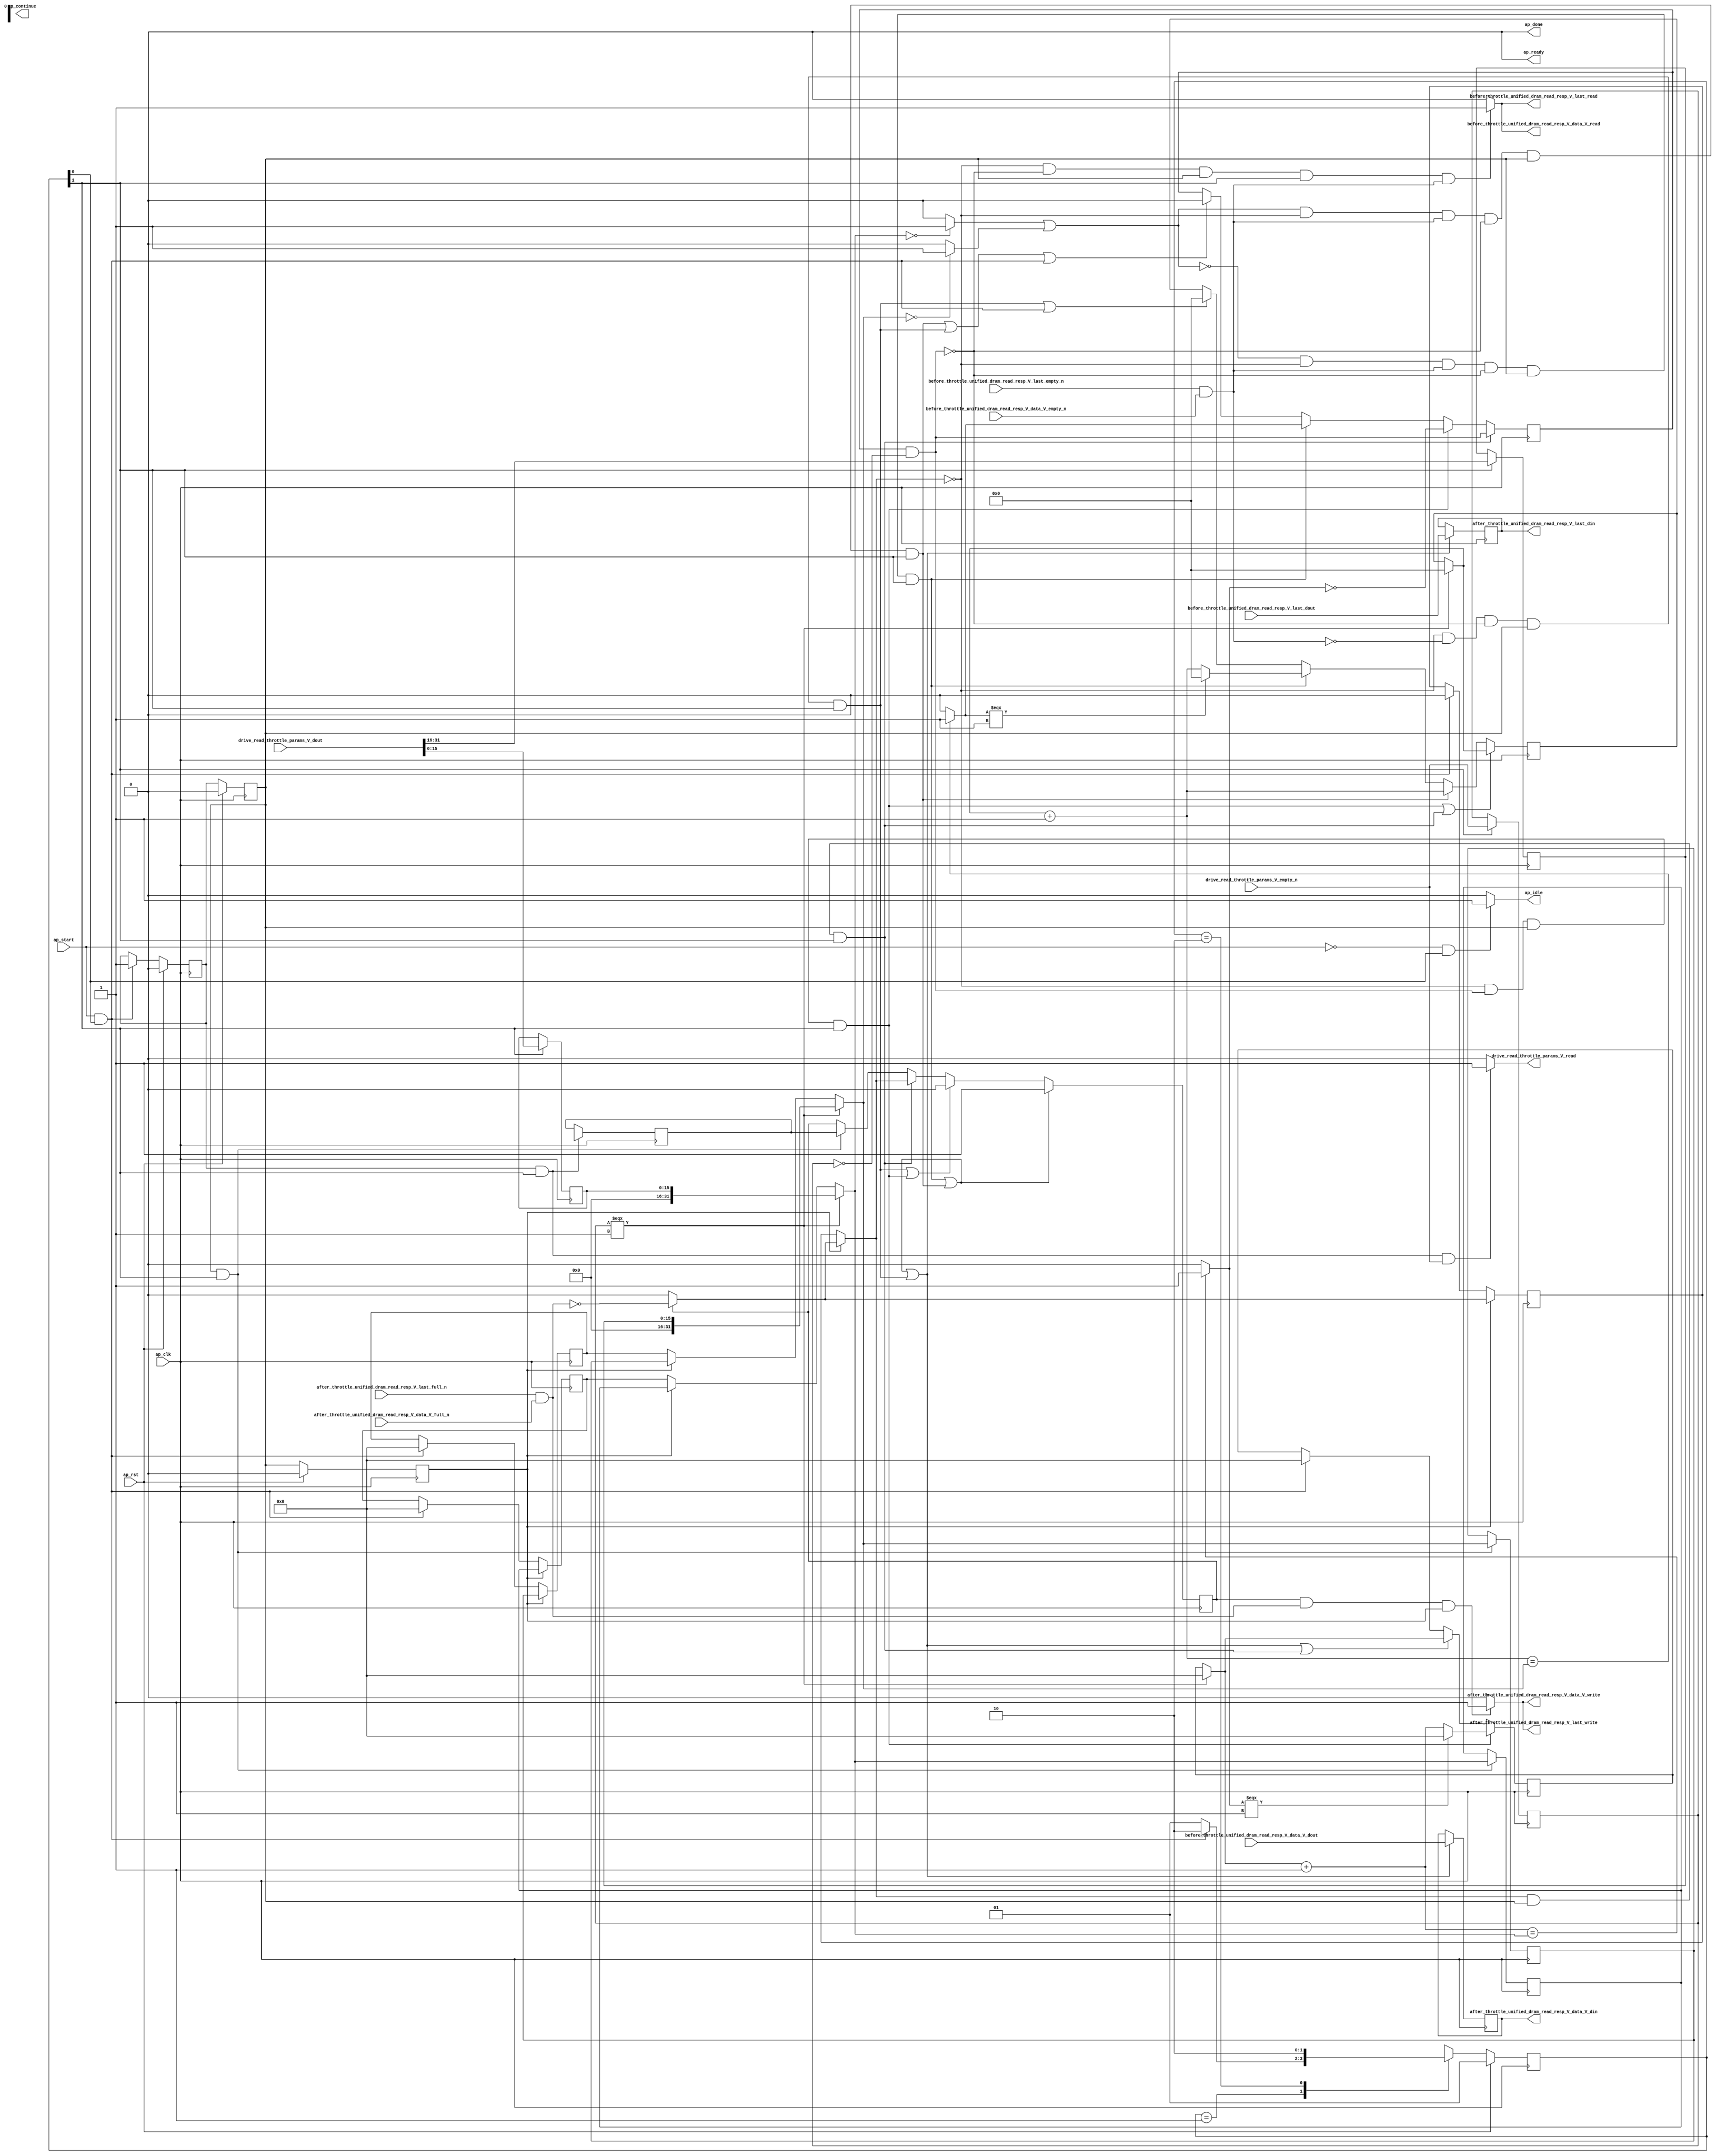
// ==============================================================
// RTL generated by Vivado(TM) HLS - High-Level Synthesis from C, C++ and SystemC
// Version: 2017.4.op
// Copyright (C) 1986-2018 Xilinx, Inc. All Rights Reserved.
// 
// ===========================================================

`timescale 1 ns / 1 ps 

(* CORE_GENERATION_INFO="dram_read_throttle_unit,hls_ip_2017_4_op,{HLS_INPUT_TYPE=cxx,HLS_INPUT_FLOAT=0,HLS_INPUT_FIXED=0,HLS_INPUT_PART=xcvu9p-flgb2104-2-i,HLS_INPUT_CLOCK=4.000000,HLS_INPUT_ARCH=others,HLS_SYN_CLOCK=3.196250,HLS_SYN_LAT=-1,HLS_SYN_TPT=none,HLS_SYN_MEM=0,HLS_SYN_DSP=0,HLS_SYN_FF=740,HLS_SYN_LUT=581}" *)

module dram_read_throttle_unit (
        ap_clk,
        ap_rst,
        ap_start,
        ap_done,
ap_continue,
        ap_idle,
        ap_ready,
        drive_read_throttle_params_V_dout,
        drive_read_throttle_params_V_empty_n,
        drive_read_throttle_params_V_read,
        before_throttle_unified_dram_read_resp_V_last_dout,
        before_throttle_unified_dram_read_resp_V_last_empty_n,
        before_throttle_unified_dram_read_resp_V_last_read,
        before_throttle_unified_dram_read_resp_V_data_V_dout,
        before_throttle_unified_dram_read_resp_V_data_V_empty_n,
        before_throttle_unified_dram_read_resp_V_data_V_read,
        after_throttle_unified_dram_read_resp_V_last_din,
        after_throttle_unified_dram_read_resp_V_last_full_n,
        after_throttle_unified_dram_read_resp_V_last_write,
        after_throttle_unified_dram_read_resp_V_data_V_din,
        after_throttle_unified_dram_read_resp_V_data_V_full_n,
        after_throttle_unified_dram_read_resp_V_data_V_write
);

parameter    ap_ST_fsm_state1 = 2'd1;
parameter    ap_ST_fsm_pp0_stage0 = 2'd2;

input   ap_clk;
input   ap_rst;
input   ap_start;
output   ap_done;
output   ap_idle;
output ap_ready; output ap_continue;
input  [31:0] drive_read_throttle_params_V_dout;
input   drive_read_throttle_params_V_empty_n;
output   drive_read_throttle_params_V_read;
input   before_throttle_unified_dram_read_resp_V_last_dout;
input   before_throttle_unified_dram_read_resp_V_last_empty_n;
output   before_throttle_unified_dram_read_resp_V_last_read;
input  [511:0] before_throttle_unified_dram_read_resp_V_data_V_dout;
input   before_throttle_unified_dram_read_resp_V_data_V_empty_n;
output   before_throttle_unified_dram_read_resp_V_data_V_read;
output   after_throttle_unified_dram_read_resp_V_last_din;
input   after_throttle_unified_dram_read_resp_V_last_full_n;
output   after_throttle_unified_dram_read_resp_V_last_write;
output  [511:0] after_throttle_unified_dram_read_resp_V_data_V_din;
input   after_throttle_unified_dram_read_resp_V_data_V_full_n;
output   after_throttle_unified_dram_read_resp_V_data_V_write;

reg ap_idle;
reg drive_read_throttle_params_V_read;

(* fsm_encoding = "none" *) reg   [1:0] ap_CS_fsm;
wire    ap_CS_fsm_state1;
reg   [31:0] throttle_threshold_reg_162;
reg   [31:0] throttle_cnt_reg_173;
reg   [0:0] valid_read_resp_reg_184;
reg   [0:0] empty_n_reg_504;
wire    ap_CS_fsm_pp0_stage0;
wire    ap_block_state2_pp0_stage0_iter0;
wire    ap_block_state3_pp0_stage0_iter1;
wire    ap_block_state4_pp0_stage0_iter2;
wire    ap_block_pp0_stage0_11001;
wire   [15:0] throttle_cnt_2_fu_269_p1;
reg   [15:0] throttle_cnt_2_reg_513;
reg   [15:0] throttle_threshold_1_reg_518;
wire   [31:0] throttle_threshold_3_fu_306_p3;
reg   [31:0] throttle_threshold_3_reg_523;
reg    ap_enable_reg_pp0_iter1;
wire   [31:0] throttle_cnt_1_fu_313_p3;
reg   [31:0] throttle_cnt_1_reg_528;
wire   [0:0] read_resp_stall_1_fu_325_p2;
wire   [0:0] empty_n_2_fu_339_p1;
reg   [0:0] ap_phi_mux_valid_read_resp_phi_fu_188_p4;
wire   [0:0] or_cond_fu_371_p2;
reg    ap_enable_reg_pp0_iter0;
wire    ap_block_pp0_stage0_subdone;
reg    ap_enable_reg_pp0_iter2;
reg   [31:0] ap_phi_mux_throttle_threshold_phi_fu_166_p4;
wire    ap_block_pp0_stage0;
reg   [31:0] ap_phi_mux_throttle_cnt_phi_fu_177_p4;
reg   [0:0] ap_phi_mux_valid_read_resp_5_phi_fu_222_p4;
wire   [0:0] ap_phi_mux_valid_read_resp_3_phi_fu_201_p10;
wire   [0:0] ap_phi_reg_pp0_iter0_valid_read_resp_3_reg_196;
reg   [0:0] ap_phi_reg_pp0_iter1_valid_read_resp_3_reg_196;
reg   [0:0] ap_phi_reg_pp0_iter2_valid_read_resp_3_reg_196;
wire   [0:0] not_full_n_i_fu_459_p2;
wire   [0:0] ap_phi_reg_pp0_iter2_valid_read_resp_5_reg_218;
reg    before_throttle_unified_dram_read_resp_V_last0_update;
wire   [0:0] empty_n_1_nbread_fu_144_p3_0;
reg    after_throttle_unified_dram_read_resp_V_last1_update;
wire   [0:0] full_n_nbwrite_fu_152_p5;
wire    ap_block_pp0_stage0_01001;
reg   [31:0] read_resp_stall_times_fu_118;
wire   [31:0] read_resp_stall_times_1_fu_331_p3;
wire   [31:0] p_s_fu_428_p3;
reg   [0:0] read_resp_stall_fu_122;
wire   [0:0] tmp_s_fu_381_p2;
wire   [0:0] not_s_fu_422_p2;
reg   [24:0] read_resp_contiguous_times_V_1_fu_126;
wire   [24:0] p_1_fu_387_p3;
wire   [24:0] read_resp_contiguous_times_V_fu_353_p2;
wire   [24:0] p_0_1_fu_298_p3;
reg   [0:0] tmp_last_fu_130;
reg   [511:0] tmp_data_V_fu_134;
wire   [31:0] throttle_threshold_2_fu_292_p1;
wire   [31:0] throttle_cnt_2_cast_fu_295_p1;
wire   [0:0] not_empty_n_fu_320_p2;
wire   [0:0] tmp_7_fu_359_p2;
wire   [0:0] tmp_8_fu_365_p2;
wire   [31:0] tmp_9_fu_377_p1;
wire   [31:0] read_resp_stall_times_2_fu_410_p2;
wire   [0:0] tmp_4_fu_416_p2;
reg   [1:0] ap_NS_fsm;
reg    ap_idle_pp0;
wire    ap_enable_pp0;

// power-on initialization
initial begin
#0 ap_CS_fsm = 2'd1;
#0 ap_enable_reg_pp0_iter1 = 1'b0;
#0 ap_enable_reg_pp0_iter0 = 1'b0;
#0 ap_enable_reg_pp0_iter2 = 1'b0;
end

always @ (posedge ap_clk) begin
    if (ap_rst == 1'b1) begin
        ap_CS_fsm <= ap_ST_fsm_state1;
    end else begin
        ap_CS_fsm <= ap_NS_fsm;
    end
end

always @ (posedge ap_clk) begin
    if (ap_rst == 1'b1) begin
        ap_enable_reg_pp0_iter0 <= 1'b0;
    end else begin
        if (((ap_start == 1'b1) & (1'b1 == ap_CS_fsm_state1))) begin
            ap_enable_reg_pp0_iter0 <= 1'b1;
        end
    end
end

always @ (posedge ap_clk) begin
    if (ap_rst == 1'b1) begin
        ap_enable_reg_pp0_iter1 <= 1'b0;
    end else begin
        if ((1'b0 == ap_block_pp0_stage0_subdone)) begin
            ap_enable_reg_pp0_iter1 <= ap_enable_reg_pp0_iter0;
        end else if (((ap_start == 1'b1) & (1'b1 == ap_CS_fsm_state1))) begin
            ap_enable_reg_pp0_iter1 <= 1'b0;
        end
    end
end

always @ (posedge ap_clk) begin
    if (ap_rst == 1'b1) begin
        ap_enable_reg_pp0_iter2 <= 1'b0;
    end else begin
        if ((1'b0 == ap_block_pp0_stage0_subdone)) begin
            ap_enable_reg_pp0_iter2 <= ap_enable_reg_pp0_iter1;
        end else if (((ap_start == 1'b1) & (1'b1 == ap_CS_fsm_state1))) begin
            ap_enable_reg_pp0_iter2 <= 1'b0;
        end
    end
end

always @ (posedge ap_clk) begin
    if ((((or_cond_fu_371_p2 == 1'd0) & (ap_phi_mux_valid_read_resp_phi_fu_188_p4 == 1'd0) & (empty_n_2_fu_339_p1 == 1'd1) & (read_resp_stall_1_fu_325_p2 == 1'd0) & (1'b0 == ap_block_pp0_stage0_11001) & (ap_enable_reg_pp0_iter1 == 1'b1) & (1'b1 == ap_CS_fsm_pp0_stage0)) | ((or_cond_fu_371_p2 == 1'd1) & (ap_phi_mux_valid_read_resp_phi_fu_188_p4 == 1'd0) & (empty_n_2_fu_339_p1 == 1'd1) & (read_resp_stall_1_fu_325_p2 == 1'd0) & (1'b0 == ap_block_pp0_stage0_11001) & (ap_enable_reg_pp0_iter1 == 1'b1) & (1'b1 == ap_CS_fsm_pp0_stage0)))) begin
        ap_phi_reg_pp0_iter2_valid_read_resp_3_reg_196 <= 1'd1;
    end else if ((((ap_phi_mux_valid_read_resp_phi_fu_188_p4 == 1'd0) & (empty_n_2_fu_339_p1 == 1'd0) & (read_resp_stall_1_fu_325_p2 == 1'd0) & (1'b0 == ap_block_pp0_stage0_11001) & (ap_enable_reg_pp0_iter1 == 1'b1) & (1'b1 == ap_CS_fsm_pp0_stage0)) | ((ap_phi_mux_valid_read_resp_phi_fu_188_p4 == 1'd0) & (read_resp_stall_1_fu_325_p2 == 1'd1) & (1'b0 == ap_block_pp0_stage0_11001) & (ap_enable_reg_pp0_iter1 == 1'b1) & (1'b1 == ap_CS_fsm_pp0_stage0)))) begin
        ap_phi_reg_pp0_iter2_valid_read_resp_3_reg_196 <= 1'd0;
    end else if (((ap_phi_mux_valid_read_resp_phi_fu_188_p4 == 1'd1) & (1'b0 == ap_block_pp0_stage0_11001) & (ap_enable_reg_pp0_iter1 == 1'b1) & (1'b1 == ap_CS_fsm_pp0_stage0))) begin
        ap_phi_reg_pp0_iter2_valid_read_resp_3_reg_196 <= ap_phi_mux_valid_read_resp_phi_fu_188_p4;
    end else if (((1'b0 == ap_block_pp0_stage0_11001) & (ap_enable_reg_pp0_iter1 == 1'b1) & (1'b1 == ap_CS_fsm_pp0_stage0))) begin
        ap_phi_reg_pp0_iter2_valid_read_resp_3_reg_196 <= ap_phi_reg_pp0_iter1_valid_read_resp_3_reg_196;
    end
end

always @ (posedge ap_clk) begin
    if ((((ap_phi_mux_valid_read_resp_phi_fu_188_p4 == 1'd0) & (read_resp_stall_1_fu_325_p2 == 1'd1) & (1'b0 == ap_block_pp0_stage0_11001) & (ap_enable_reg_pp0_iter1 == 1'b1) & (1'b1 == ap_CS_fsm_pp0_stage0)) | ((ap_phi_mux_valid_read_resp_phi_fu_188_p4 == 1'd1) & (1'b0 == ap_block_pp0_stage0_11001) & (ap_enable_reg_pp0_iter1 == 1'b1) & (1'b1 == ap_CS_fsm_pp0_stage0)))) begin
        read_resp_contiguous_times_V_1_fu_126 <= p_0_1_fu_298_p3;
    end else if (((or_cond_fu_371_p2 == 1'd1) & (ap_phi_mux_valid_read_resp_phi_fu_188_p4 == 1'd0) & (empty_n_2_fu_339_p1 == 1'd1) & (read_resp_stall_1_fu_325_p2 == 1'd0) & (1'b0 == ap_block_pp0_stage0_11001) & (ap_enable_reg_pp0_iter1 == 1'b1) & (1'b1 == ap_CS_fsm_pp0_stage0))) begin
        read_resp_contiguous_times_V_1_fu_126 <= read_resp_contiguous_times_V_fu_353_p2;
    end else if (((or_cond_fu_371_p2 == 1'd0) & (ap_phi_mux_valid_read_resp_phi_fu_188_p4 == 1'd0) & (empty_n_2_fu_339_p1 == 1'd1) & (read_resp_stall_1_fu_325_p2 == 1'd0) & (1'b0 == ap_block_pp0_stage0_11001) & (ap_enable_reg_pp0_iter1 == 1'b1) & (1'b1 == ap_CS_fsm_pp0_stage0))) begin
        read_resp_contiguous_times_V_1_fu_126 <= p_1_fu_387_p3;
    end else if ((((ap_phi_mux_valid_read_resp_phi_fu_188_p4 == 1'd0) & (empty_n_2_fu_339_p1 == 1'd0) & (read_resp_stall_1_fu_325_p2 == 1'd0) & (1'b0 == ap_block_pp0_stage0_11001) & (ap_enable_reg_pp0_iter1 == 1'b1) & (1'b1 == ap_CS_fsm_pp0_stage0)) | ((ap_start == 1'b1) & (1'b1 == ap_CS_fsm_state1)))) begin
        read_resp_contiguous_times_V_1_fu_126 <= 25'd0;
    end
end

always @ (posedge ap_clk) begin
    if (((ap_phi_mux_valid_read_resp_phi_fu_188_p4 == 1'd1) & (1'b0 == ap_block_pp0_stage0_11001) & (ap_enable_reg_pp0_iter1 == 1'b1) & (1'b1 == ap_CS_fsm_pp0_stage0))) begin
        read_resp_stall_fu_122 <= read_resp_stall_1_fu_325_p2;
    end else if (((ap_phi_mux_valid_read_resp_phi_fu_188_p4 == 1'd0) & (read_resp_stall_1_fu_325_p2 == 1'd1) & (1'b0 == ap_block_pp0_stage0_11001) & (ap_enable_reg_pp0_iter1 == 1'b1) & (1'b1 == ap_CS_fsm_pp0_stage0))) begin
        read_resp_stall_fu_122 <= not_s_fu_422_p2;
    end else if (((or_cond_fu_371_p2 == 1'd0) & (ap_phi_mux_valid_read_resp_phi_fu_188_p4 == 1'd0) & (empty_n_2_fu_339_p1 == 1'd1) & (read_resp_stall_1_fu_325_p2 == 1'd0) & (1'b0 == ap_block_pp0_stage0_11001) & (ap_enable_reg_pp0_iter1 == 1'b1) & (1'b1 == ap_CS_fsm_pp0_stage0))) begin
        read_resp_stall_fu_122 <= tmp_s_fu_381_p2;
    end else if ((((or_cond_fu_371_p2 == 1'd1) & (ap_phi_mux_valid_read_resp_phi_fu_188_p4 == 1'd0) & (empty_n_2_fu_339_p1 == 1'd1) & (read_resp_stall_1_fu_325_p2 == 1'd0) & (1'b0 == ap_block_pp0_stage0_11001) & (ap_enable_reg_pp0_iter1 == 1'b1) & (1'b1 == ap_CS_fsm_pp0_stage0)) | ((ap_phi_mux_valid_read_resp_phi_fu_188_p4 == 1'd0) & (empty_n_2_fu_339_p1 == 1'd0) & (read_resp_stall_1_fu_325_p2 == 1'd0) & (1'b0 == ap_block_pp0_stage0_11001) & (ap_enable_reg_pp0_iter1 == 1'b1) & (1'b1 == ap_CS_fsm_pp0_stage0)) | ((ap_start == 1'b1) & (1'b1 == ap_CS_fsm_state1)))) begin
        read_resp_stall_fu_122 <= 1'd0;
    end
end

always @ (posedge ap_clk) begin
    if (((ap_phi_mux_valid_read_resp_phi_fu_188_p4 == 1'd0) & (read_resp_stall_1_fu_325_p2 == 1'd1) & (1'b0 == ap_block_pp0_stage0_11001) & (ap_enable_reg_pp0_iter1 == 1'b1) & (1'b1 == ap_CS_fsm_pp0_stage0))) begin
        read_resp_stall_times_fu_118 <= p_s_fu_428_p3;
    end else if ((((or_cond_fu_371_p2 == 1'd0) & (ap_phi_mux_valid_read_resp_phi_fu_188_p4 == 1'd0) & (empty_n_2_fu_339_p1 == 1'd1) & (read_resp_stall_1_fu_325_p2 == 1'd0) & (1'b0 == ap_block_pp0_stage0_11001) & (ap_enable_reg_pp0_iter1 == 1'b1) & (1'b1 == ap_CS_fsm_pp0_stage0)) | ((or_cond_fu_371_p2 == 1'd1) & (ap_phi_mux_valid_read_resp_phi_fu_188_p4 == 1'd0) & (empty_n_2_fu_339_p1 == 1'd1) & (read_resp_stall_1_fu_325_p2 == 1'd0) & (1'b0 == ap_block_pp0_stage0_11001) & (ap_enable_reg_pp0_iter1 == 1'b1) & (1'b1 == ap_CS_fsm_pp0_stage0)) | ((ap_phi_mux_valid_read_resp_phi_fu_188_p4 == 1'd0) & (empty_n_2_fu_339_p1 == 1'd0) & (read_resp_stall_1_fu_325_p2 == 1'd0) & (1'b0 == ap_block_pp0_stage0_11001) & (ap_enable_reg_pp0_iter1 == 1'b1) & (1'b1 == ap_CS_fsm_pp0_stage0)) | ((ap_phi_mux_valid_read_resp_phi_fu_188_p4 == 1'd1) & (1'b0 == ap_block_pp0_stage0_11001) & (ap_enable_reg_pp0_iter1 == 1'b1) & (1'b1 == ap_CS_fsm_pp0_stage0)))) begin
        read_resp_stall_times_fu_118 <= read_resp_stall_times_1_fu_331_p3;
    end else if (((ap_start == 1'b1) & (1'b1 == ap_CS_fsm_state1))) begin
        read_resp_stall_times_fu_118 <= 32'd0;
    end
end

always @ (posedge ap_clk) begin
    if (((1'b0 == ap_block_pp0_stage0_11001) & (ap_enable_reg_pp0_iter2 == 1'b1))) begin
        throttle_cnt_reg_173 <= throttle_cnt_1_reg_528;
    end else if (((ap_start == 1'b1) & (1'b1 == ap_CS_fsm_state1))) begin
        throttle_cnt_reg_173 <= 32'd0;
    end
end

always @ (posedge ap_clk) begin
    if (((1'b0 == ap_block_pp0_stage0_11001) & (ap_enable_reg_pp0_iter2 == 1'b1))) begin
        throttle_threshold_reg_162 <= throttle_threshold_3_reg_523;
    end else if (((ap_start == 1'b1) & (1'b1 == ap_CS_fsm_state1))) begin
        throttle_threshold_reg_162 <= 32'd0;
    end
end

always @ (posedge ap_clk) begin
    if (((1'b0 == ap_block_pp0_stage0_11001) & (ap_enable_reg_pp0_iter2 == 1'b1))) begin
        valid_read_resp_reg_184 <= ap_phi_mux_valid_read_resp_5_phi_fu_222_p4;
    end else if (((ap_start == 1'b1) & (1'b1 == ap_CS_fsm_state1))) begin
        valid_read_resp_reg_184 <= 1'd0;
    end
end

always @ (posedge ap_clk) begin
    if (((1'b0 == ap_block_pp0_stage0_11001) & (ap_enable_reg_pp0_iter0 == 1'b1) & (1'b1 == ap_CS_fsm_pp0_stage0))) begin
        ap_phi_reg_pp0_iter1_valid_read_resp_3_reg_196 <= ap_phi_reg_pp0_iter0_valid_read_resp_3_reg_196;
    end
end

always @ (posedge ap_clk) begin
    if (((1'b0 == ap_block_pp0_stage0_11001) & (1'b1 == ap_CS_fsm_pp0_stage0))) begin
        empty_n_reg_504 <= drive_read_throttle_params_V_empty_n;
        throttle_cnt_2_reg_513 <= throttle_cnt_2_fu_269_p1;
        throttle_threshold_1_reg_518 <= {{drive_read_throttle_params_V_dout[31:16]}};
    end
end

always @ (posedge ap_clk) begin
    if (((1'b0 == ap_block_pp0_stage0_11001) & (ap_enable_reg_pp0_iter1 == 1'b1) & (1'b1 == ap_CS_fsm_pp0_stage0))) begin
        throttle_cnt_1_reg_528 <= throttle_cnt_1_fu_313_p3;
        throttle_threshold_3_reg_523 <= throttle_threshold_3_fu_306_p3;
    end
end

always @ (posedge ap_clk) begin
    if ((((or_cond_fu_371_p2 == 1'd0) & (ap_phi_mux_valid_read_resp_phi_fu_188_p4 == 1'd0) & (empty_n_2_fu_339_p1 == 1'd1) & (read_resp_stall_1_fu_325_p2 == 1'd0) & (1'b0 == ap_block_pp0_stage0_11001) & (ap_enable_reg_pp0_iter1 == 1'b1) & (1'b1 == ap_CS_fsm_pp0_stage0)) | ((or_cond_fu_371_p2 == 1'd1) & (ap_phi_mux_valid_read_resp_phi_fu_188_p4 == 1'd0) & (empty_n_2_fu_339_p1 == 1'd1) & (read_resp_stall_1_fu_325_p2 == 1'd0) & (1'b0 == ap_block_pp0_stage0_11001) & (ap_enable_reg_pp0_iter1 == 1'b1) & (1'b1 == ap_CS_fsm_pp0_stage0)) | ((ap_phi_mux_valid_read_resp_phi_fu_188_p4 == 1'd0) & (empty_n_2_fu_339_p1 == 1'd0) & (read_resp_stall_1_fu_325_p2 == 1'd0) & (1'b0 == ap_block_pp0_stage0_11001) & (ap_enable_reg_pp0_iter1 == 1'b1) & (1'b1 == ap_CS_fsm_pp0_stage0)))) begin
        tmp_data_V_fu_134 <= before_throttle_unified_dram_read_resp_V_data_V_dout;
        tmp_last_fu_130 <= before_throttle_unified_dram_read_resp_V_last_dout;
    end
end

always @ (*) begin
    if (((ap_phi_mux_valid_read_resp_3_phi_fu_201_p10 == 1'd1) & (1'b0 == ap_block_pp0_stage0_11001) & ((after_throttle_unified_dram_read_resp_V_last_full_n & after_throttle_unified_dram_read_resp_V_data_V_full_n) == 1'b1) & (ap_enable_reg_pp0_iter2 == 1'b1))) begin
        after_throttle_unified_dram_read_resp_V_last1_update = 1'b1;
    end else begin
        after_throttle_unified_dram_read_resp_V_last1_update = 1'b0;
    end
end

always @ (*) begin
    if (((ap_start == 1'b0) & (1'b1 == ap_CS_fsm_state1))) begin
        ap_idle = 1'b1;
    end else begin
        ap_idle = 1'b0;
    end
end

always @ (*) begin
    if (((ap_enable_reg_pp0_iter0 == 1'b0) & (ap_enable_reg_pp0_iter1 == 1'b0) & (ap_enable_reg_pp0_iter2 == 1'b0))) begin
        ap_idle_pp0 = 1'b1;
    end else begin
        ap_idle_pp0 = 1'b0;
    end
end

always @ (*) begin
    if (((ap_enable_reg_pp0_iter2 == 1'b1) & (1'b0 == ap_block_pp0_stage0))) begin
        ap_phi_mux_throttle_cnt_phi_fu_177_p4 = throttle_cnt_1_reg_528;
    end else begin
        ap_phi_mux_throttle_cnt_phi_fu_177_p4 = throttle_cnt_reg_173;
    end
end

always @ (*) begin
    if (((ap_enable_reg_pp0_iter2 == 1'b1) & (1'b0 == ap_block_pp0_stage0))) begin
        ap_phi_mux_throttle_threshold_phi_fu_166_p4 = throttle_threshold_3_reg_523;
    end else begin
        ap_phi_mux_throttle_threshold_phi_fu_166_p4 = throttle_threshold_reg_162;
    end
end

always @ (*) begin
    if (((ap_enable_reg_pp0_iter2 == 1'b1) & (1'b0 == ap_block_pp0_stage0))) begin
        if ((ap_phi_mux_valid_read_resp_3_phi_fu_201_p10 == 1'd0)) begin
            ap_phi_mux_valid_read_resp_5_phi_fu_222_p4 = ap_phi_reg_pp0_iter2_valid_read_resp_3_reg_196;
        end else if ((ap_phi_mux_valid_read_resp_3_phi_fu_201_p10 == 1'd1)) begin
            ap_phi_mux_valid_read_resp_5_phi_fu_222_p4 = not_full_n_i_fu_459_p2;
        end else begin
            ap_phi_mux_valid_read_resp_5_phi_fu_222_p4 = ap_phi_reg_pp0_iter2_valid_read_resp_5_reg_218;
        end
    end else begin
        ap_phi_mux_valid_read_resp_5_phi_fu_222_p4 = ap_phi_reg_pp0_iter2_valid_read_resp_5_reg_218;
    end
end

always @ (*) begin
    if (((ap_enable_reg_pp0_iter2 == 1'b1) & (1'b0 == ap_block_pp0_stage0))) begin
        ap_phi_mux_valid_read_resp_phi_fu_188_p4 = ap_phi_mux_valid_read_resp_5_phi_fu_222_p4;
    end else begin
        ap_phi_mux_valid_read_resp_phi_fu_188_p4 = valid_read_resp_reg_184;
    end
end

always @ (*) begin
    if (((ap_phi_mux_valid_read_resp_phi_fu_188_p4 == 1'd0) & (read_resp_stall_1_fu_325_p2 == 1'd0) & (1'b0 == ap_block_pp0_stage0_11001) & (ap_enable_reg_pp0_iter1 == 1'b1) & (1'b1 == ap_CS_fsm_pp0_stage0) & ((before_throttle_unified_dram_read_resp_V_last_empty_n & before_throttle_unified_dram_read_resp_V_data_V_empty_n) == 1'b1))) begin
        before_throttle_unified_dram_read_resp_V_last0_update = 1'b1;
    end else begin
        before_throttle_unified_dram_read_resp_V_last0_update = 1'b0;
    end
end

always @ (*) begin
    if (((1'b0 == ap_block_pp0_stage0_11001) & (ap_enable_reg_pp0_iter0 == 1'b1) & (1'b1 == ap_CS_fsm_pp0_stage0) & (drive_read_throttle_params_V_empty_n == 1'b1))) begin
        drive_read_throttle_params_V_read = 1'b1;
    end else begin
        drive_read_throttle_params_V_read = 1'b0;
    end
end

always @ (*) begin
    case (ap_CS_fsm)
        ap_ST_fsm_state1 : begin
            if (((ap_start == 1'b1) & (1'b1 == ap_CS_fsm_state1))) begin
                ap_NS_fsm = ap_ST_fsm_pp0_stage0;
            end else begin
                ap_NS_fsm = ap_ST_fsm_state1;
            end
        end
        ap_ST_fsm_pp0_stage0 : begin
            ap_NS_fsm = ap_ST_fsm_pp0_stage0;
        end
        default : begin
            ap_NS_fsm = 'bx;
        end
    endcase
end

assign after_throttle_unified_dram_read_resp_V_data_V_din = tmp_data_V_fu_134;

assign after_throttle_unified_dram_read_resp_V_data_V_write = after_throttle_unified_dram_read_resp_V_last1_update;

assign after_throttle_unified_dram_read_resp_V_last_din = tmp_last_fu_130;

assign after_throttle_unified_dram_read_resp_V_last_write = after_throttle_unified_dram_read_resp_V_last1_update;

assign ap_CS_fsm_pp0_stage0 = ap_CS_fsm[32'd1];

assign ap_CS_fsm_state1 = ap_CS_fsm[32'd0];

assign ap_block_pp0_stage0 = ~(1'b1 == 1'b1);

assign ap_block_pp0_stage0_01001 = ~(1'b1 == 1'b1);

assign ap_block_pp0_stage0_11001 = ~(1'b1 == 1'b1);

assign ap_block_pp0_stage0_subdone = ~(1'b1 == 1'b1);

assign ap_block_state2_pp0_stage0_iter0 = ~(1'b1 == 1'b1);

assign ap_block_state3_pp0_stage0_iter1 = ~(1'b1 == 1'b1);

assign ap_block_state4_pp0_stage0_iter2 = ~(1'b1 == 1'b1);

assign ap_done = 1'b0;

assign ap_enable_pp0 = (ap_idle_pp0 ^ 1'b1);

assign ap_phi_mux_valid_read_resp_3_phi_fu_201_p10 = ap_phi_reg_pp0_iter2_valid_read_resp_3_reg_196;

assign ap_phi_reg_pp0_iter0_valid_read_resp_3_reg_196 = 'bx;

assign ap_phi_reg_pp0_iter2_valid_read_resp_5_reg_218 = 'bx;

assign ap_ready = 1'b0;

assign before_throttle_unified_dram_read_resp_V_data_V_read = before_throttle_unified_dram_read_resp_V_last0_update;

assign before_throttle_unified_dram_read_resp_V_last_read = before_throttle_unified_dram_read_resp_V_last0_update;

assign empty_n_1_nbread_fu_144_p3_0 = (before_throttle_unified_dram_read_resp_V_last_empty_n & before_throttle_unified_dram_read_resp_V_data_V_empty_n);

assign empty_n_2_fu_339_p1 = empty_n_1_nbread_fu_144_p3_0;

assign full_n_nbwrite_fu_152_p5 = (after_throttle_unified_dram_read_resp_V_last_full_n & after_throttle_unified_dram_read_resp_V_data_V_full_n);

assign not_empty_n_fu_320_p2 = (empty_n_reg_504 ^ 1'd1);

assign not_full_n_i_fu_459_p2 = (full_n_nbwrite_fu_152_p5 ^ 1'd1);

assign not_s_fu_422_p2 = (tmp_4_fu_416_p2 ^ 1'd1);

assign or_cond_fu_371_p2 = (tmp_8_fu_365_p2 | tmp_7_fu_359_p2);

assign p_0_1_fu_298_p3 = ((empty_n_reg_504[0:0] === 1'b1) ? 25'd0 : read_resp_contiguous_times_V_1_fu_126);

assign p_1_fu_387_p3 = ((tmp_s_fu_381_p2[0:0] === 1'b1) ? 25'd0 : read_resp_contiguous_times_V_fu_353_p2);

assign p_s_fu_428_p3 = ((tmp_4_fu_416_p2[0:0] === 1'b1) ? 32'd0 : read_resp_stall_times_2_fu_410_p2);

assign read_resp_contiguous_times_V_fu_353_p2 = (p_0_1_fu_298_p3 + 25'd1);

assign read_resp_stall_1_fu_325_p2 = (read_resp_stall_fu_122 & not_empty_n_fu_320_p2);

assign read_resp_stall_times_1_fu_331_p3 = ((empty_n_reg_504[0:0] === 1'b1) ? 32'd0 : read_resp_stall_times_fu_118);

assign read_resp_stall_times_2_fu_410_p2 = (read_resp_stall_times_1_fu_331_p3 + 32'd1);

assign throttle_cnt_1_fu_313_p3 = ((empty_n_reg_504[0:0] === 1'b1) ? throttle_cnt_2_cast_fu_295_p1 : ap_phi_mux_throttle_cnt_phi_fu_177_p4);

assign throttle_cnt_2_cast_fu_295_p1 = throttle_cnt_2_reg_513;

assign throttle_cnt_2_fu_269_p1 = drive_read_throttle_params_V_dout[15:0];

assign throttle_threshold_2_fu_292_p1 = throttle_threshold_1_reg_518;

assign throttle_threshold_3_fu_306_p3 = ((empty_n_reg_504[0:0] === 1'b1) ? throttle_threshold_2_fu_292_p1 : ap_phi_mux_throttle_threshold_phi_fu_166_p4);

assign tmp_4_fu_416_p2 = ((read_resp_stall_times_2_fu_410_p2 == throttle_cnt_1_fu_313_p3) ? 1'b1 : 1'b0);

assign tmp_7_fu_359_p2 = ((throttle_threshold_3_fu_306_p3 == 32'd0) ? 1'b1 : 1'b0);

assign tmp_8_fu_365_p2 = ((throttle_cnt_1_fu_313_p3 == 32'd0) ? 1'b1 : 1'b0);

assign tmp_9_fu_377_p1 = read_resp_contiguous_times_V_fu_353_p2;

assign tmp_s_fu_381_p2 = ((tmp_9_fu_377_p1 == throttle_threshold_3_fu_306_p3) ? 1'b1 : 1'b0);

endmodule //dram_read_throttle_unit